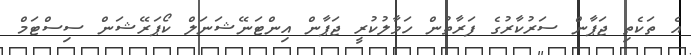
އެ ތަކެތި ޖަޕާން ސަރުކާރުގެ ފަރާތުން ހަވާލުކުރީ ޖަޕާން އިންޓަނޭޝަނަލް ކޯޕަރޭޝަން ސިސްޓަމް